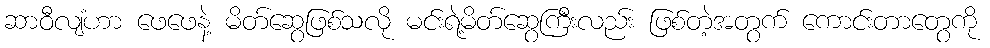
ဆာဝီလျံဟာ ဖေဖေနဲ့ မိတ်ဆွေဖြစ်သလို မင်းရဲ့မိတ်ဆွေကြီးလည်း ဖြစ်တဲ့အတွက် ကောင်းတာတွေကို